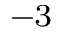
^ { - 3 }